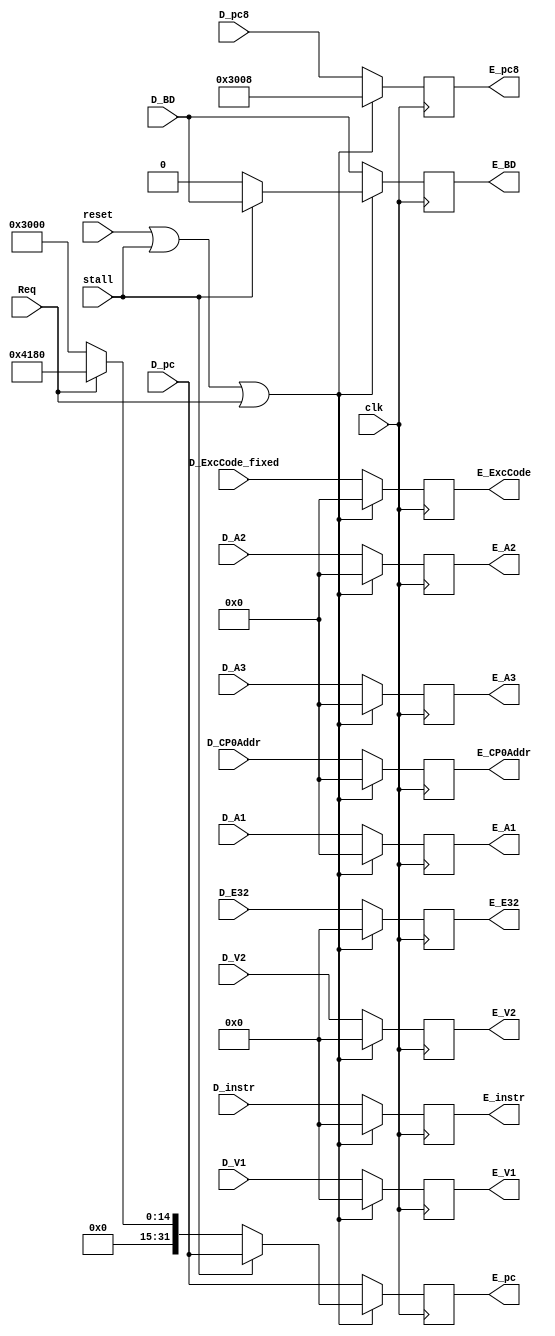
module E_Reg (
    //input
    input clk,
    input reset,
    input stall,
    input [31:0] D_instr,
    input [4:0] D_A1,
    input [4:0] D_A2,
    input [4:0] D_A3,
	 input [4:0] D_CP0Addr,
    input [31:0] D_V1,
    input [31:0] D_V2,
    input [31:0] D_pc,
    input [31:0] D_pc8,
    input [31:0] D_E32,
    input [4:0] D_ExcCode_fixed,
    input D_BD,
    input Req,
    //output
    output [31:0] E_instr,
    output [4:0] E_A1,
    output [4:0] E_A2,
    output [4:0] E_A3,
	 output [4:0] E_CP0Addr,
    output [31:0] E_V1,
    output [31:0] E_V2,
    output [31:0] E_E32,
    output [31:0] E_pc8,
    output [31:0] E_pc,
    output [4:0] E_ExcCode,
    output E_BD 
);

    //temp
    reg [31:0] E_instr_reg,E_V1_reg,E_V2_reg,E_E32_reg,E_pc8_reg,E_pc_reg ;
    reg [4:0] E_A1_reg,E_A2_reg,E_A3_reg,E_ExcCode_reg,E_CP0Addr_reg ;
	 reg [1:0] E_cmp1_Fwd_reg;
	 reg [1:0] E_cmp2_Fwd_reg;
    reg E_BD_reg;
    

    always @(posedge clk ) begin
        if (reset || stall || Req) begin
            E_instr_reg <= 32'h0000_0000;
            E_V1_reg <= 32'h0000_0000;
            E_V2_reg <= 32'h0000_0000;
            E_E32_reg <= 32'h0000_0000;
            E_pc8_reg <= 32'h0000_3008;
            E_pc_reg <=  (stall) ? D_pc : 
				             ((Req) ? 32'h0000_4180 : 32'h0000_3000);
            E_A1_reg <= 5'b00000;
            E_A2_reg <= 5'b00000;
            E_A3_reg <= 5'b00000;
            E_ExcCode_reg <= 5'b00000;
            E_BD_reg <= (stall) ? D_BD : 1'b0;
				E_CP0Addr_reg <= 5'b00000;
        end
        else begin
            E_instr_reg <= D_instr;
            E_V1_reg <= D_V1;
            E_V2_reg <= D_V2;
            E_E32_reg <= D_E32;
            E_pc8_reg <= D_pc8;
            E_pc_reg <= D_pc;
            E_A1_reg <= D_A1;
            E_A2_reg <= D_A2;
            E_A3_reg <= D_A3;
            E_ExcCode_reg <= D_ExcCode_fixed;
            E_BD_reg <= D_BD;
				E_CP0Addr_reg <= D_CP0Addr;
        end
    end

    assign E_instr = E_instr_reg;
    assign E_V1 = E_V1_reg;
    assign E_V2 = E_V2_reg;
    assign E_E32 = E_E32_reg;
    assign E_pc8 = E_pc8_reg;
    assign E_pc = E_pc_reg;
    assign E_A1 = E_A1_reg;
    assign E_A2 = E_A2_reg;
    assign E_A3 = E_A3_reg;
    assign E_ExcCode = E_ExcCode_reg;
    assign E_BD = E_BD_reg;
	 assign E_CP0Addr = E_CP0Addr_reg; 

endmodule